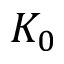
K _ { 0 }